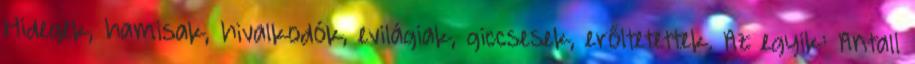
Hidegek, hamisak, hivalko­dók, evilági­ak, giccsesek, erőltetettek. Az egyik: Antall